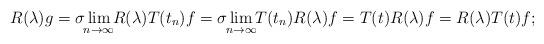
LaTeX: \begin{align*}R(\lambda )g = \sigma\lim_{\mathclap{n\to\infty}} R(\lambda)T(t_n)f = \sigma\lim_{\mathclap{n\to\infty}}T(t_n)R(\lambda) f = T(t)R(\lambda)f = R(\lambda)T(t)f;\end{align*}